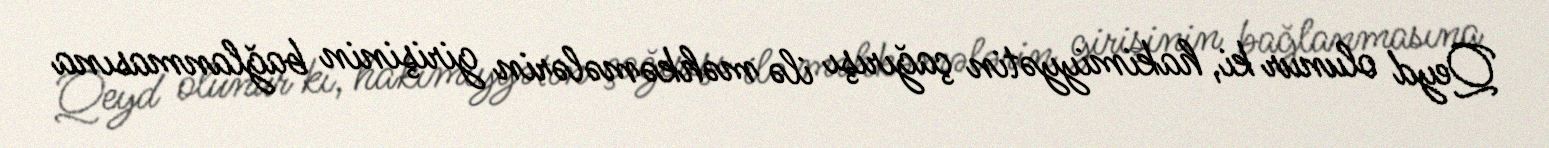
Qeyd olunur ki, hakimiyyətin çağırışı ilə məhkəmələrin girişinin bağlanmasına